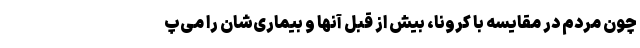
چون مردم در مقایسه با کرونا، بیش از قبل آنها و بیماری‌شان را می‌پ